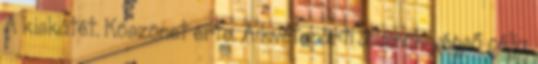
A kiskátét. Köszönet érte. A kvótapárti államok végső célja